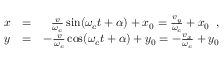
\begin{array} { r l r } { x } & { = } & { \frac { v } { \omega _ { c } } \sin ( \omega _ { c } t + \alpha ) + x _ { 0 } = \frac { v _ { y } } { \omega _ { c } } + x _ { 0 } \; \; , } \\ { y } & { = } & { - \frac { v } { \omega _ { c } } \cos ( \omega _ { c } t + \alpha ) + y _ { 0 } = - \frac { v _ { x } } { \omega _ { c } } + y _ { 0 } } \end{array}